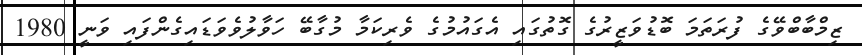
ޒިމްބާބްވޭގެ ފުރަތަމަ ބޮޑުވަޒީރުގެ ގޮތުގައި އެގައުމުގެ ވެރިކަމާ މުގާބޭ ހަވާލުވެވަޑައިގެންފައި ވަނީ 1980